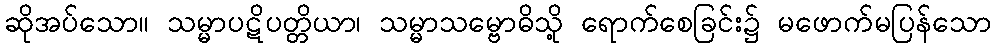
ဆိုအပ်သော။ သမ္မာပဋိပတ္တိယာ၊ သမ္မာသမ္ဗောဓိသို့ ရောက်စေခြင်း၌ မဖောက်မပြန်သော